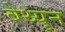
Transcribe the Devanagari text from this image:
बेथ्यून